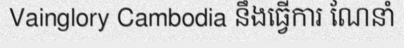
Vainglory Cambodia នឹងធ្វើការ ណែនាំ